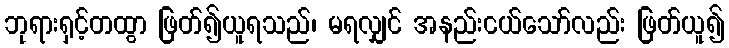
ဘုရားရှင့်တထွာ ဖြတ်၍ယူရသည်၊ မရလျှင် အနည်းငယ်သော်လည်း ဖြတ်ယူ၍